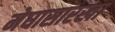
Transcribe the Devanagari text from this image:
मेघासारखा